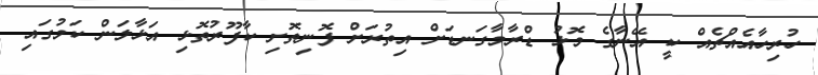
ހުރިހާއެއްޗެއް ކީ އޭނާގެ މޮޅު ޑްރާމާގަނޑަށް އިތުރަށް ފޮނިތޮށި ކާފޫރުތޮޅި އަޅާލަން ކަމުގައި